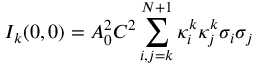
{ I _ { k } } ( 0 , 0 ) = A _ { 0 } ^ { 2 } { C ^ { 2 } } \sum _ { i , j = k } ^ { N + 1 } { \kappa _ { i } ^ { k } \kappa _ { j } ^ { k } { \sigma _ { i } } { \sigma _ { j } } }